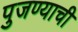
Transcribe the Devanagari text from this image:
पुजण्याची